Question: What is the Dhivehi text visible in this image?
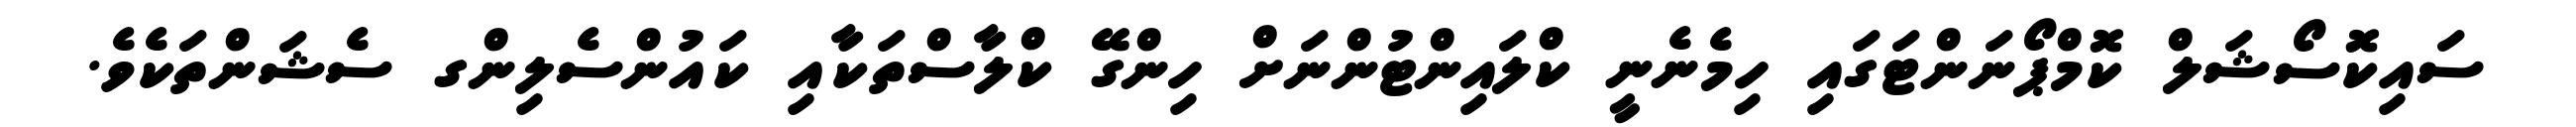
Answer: ސައިކޮސޯޝަލް ކޮމްޕޯނަންޓަގައި ހިމެނެނީ ކްލައިންޓުންނަށް ހިންގޭ ކްލާސްތަކާއި ކައުންސެލިންގ ސެޝަންތަކެވެ.